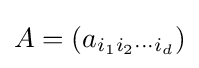
A=(a_{i_{1}i_{2}\cdots i_{d}})